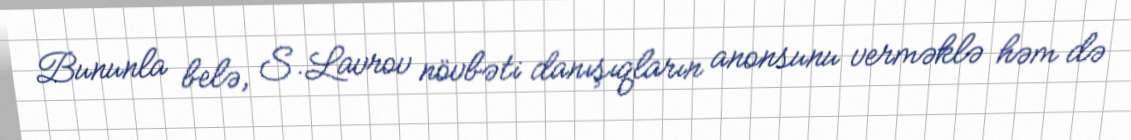
Bununla belə, S.Lavrov növbəti danışıqların anonsunu verməklə həm də